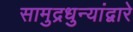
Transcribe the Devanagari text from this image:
सामुद्रधुन्यांद्वारे